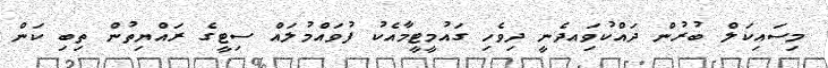
މިސައިކަލް ބުރުން ދައްކުވަިއދެނީ ދިވެހި ގައުމީޓީމާއެކު ފުވައްމުލައް ސިޓީގެ ރައްޔިތުން ތިބި ކަން